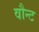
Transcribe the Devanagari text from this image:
वौन्ट